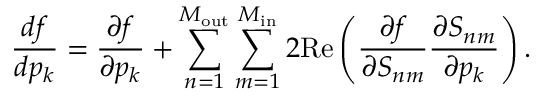
\frac { d f } { d p _ { k } } = \frac { \partial f } { \partial p _ { k } } + \sum _ { n = 1 } ^ { M _ { \mathrm { o u t } } } \sum _ { m = 1 } ^ { M _ { \mathrm { i n } } } 2 \mathrm { R e } \left( \frac { \partial f } { \partial S _ { n m } } \frac { \partial S _ { n m } } { \partial p _ { k } } \right) .